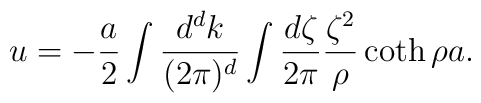
u=-{a\over2}\int{d^d k\over(2\pi)^d}\int{d\zeta\over 2\pi}{\zeta^2\over\rho}\coth\rho a.